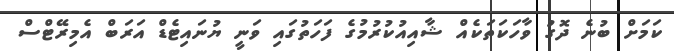
ކަމަށް ބުނެ ދޮގު ވާހަކަތަކެއް ޝާއިއުކުރުމުގެ ފަހަތުގައި ވަނީ ޔުނައިޓެޑް އަރަބް އެމިރޭޓްސް